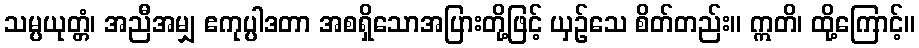
သမ္ပယုတ္တံ၊ အညီအမျှ ဧကုပ္ပါဒတာ အစရှိသောအပြားတို့ဖြင့် ယှဉ်သေ စိတ်တည်း။ ဣတိ၊ ထို့ကြောင့်။